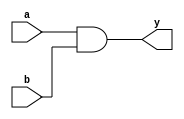
module and2(
    input a,
    input b,
    output y
    ); 
    
    assign y = a&b;
endmodule